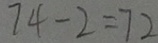
7 4 - 2 = 7 2